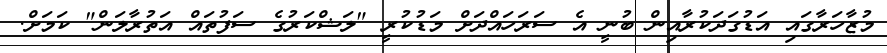
މުޒާހަރާގައި އަޑުގަދަކުރާއިން ބުނީ އެ ސަރަހައްދަށް މަޑުކުރީ "ލަޝްކަރުގެ ސަފުތައް އަތުރާލަން" ކަމަށް.